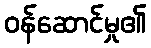
ဝန်ဆောင်မှု၏